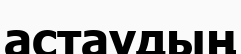
астаудың